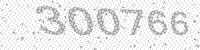
Solution: 300766